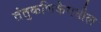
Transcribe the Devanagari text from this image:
तंतुकणिकेमधील